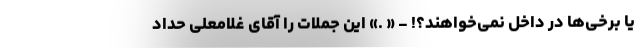
یا برخی‌ها در داخل نمی‌خواهند؟! - « .» این جملات را آقای غلامعلی حداد